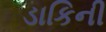
ડાકિની